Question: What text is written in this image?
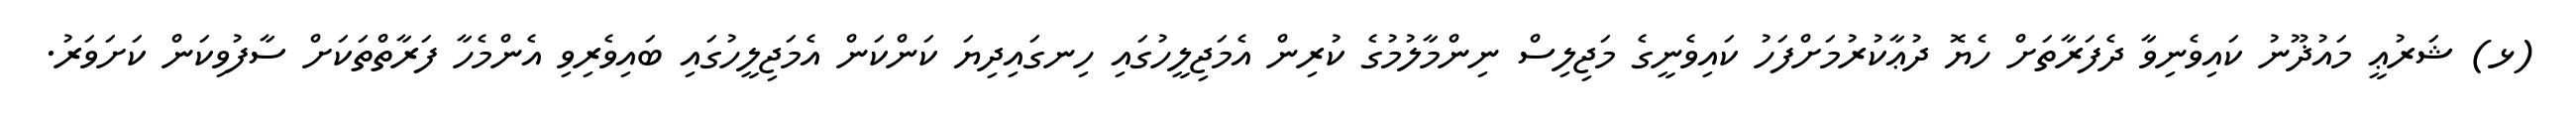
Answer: (ޅ) ޝަރުޢީ މައުޛޫނު ކައިވެނިވާ ދެފަރާތަށް ހެޔޮ ދުޢާކުރުމަށްފަހު ކައިވެނީގެ މަޖިލިސް ނިންމާލުމުގެ ކުރިން އެމަޖިލީހުގައި ހިނގައިދިޔަ ކަންކަން އެމަޖިލީހުގައި ބައިވެރިވި އެންމެހާ ފަރާތްތަކަށް ސާފުވިކަން ކަށަވަރު.